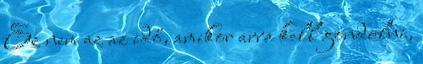
Ez nem az az idő, amikor arra kell gondolni,